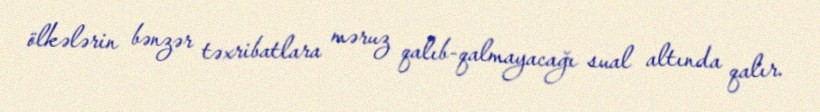
ölkələrin bənzər təxribatlara məruz qalıb-qalmayacağı sual altında qalır.